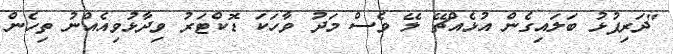
"ދަރިފުޅު ބަލައިގެން އުޅެއްޗޭ ލޭ ވެސް މަދު ވާހަކަ ޑޮކްޓަރު ވިދާޅުވިއެއްނު ތިހެން